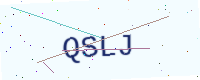
Text: QSLJ